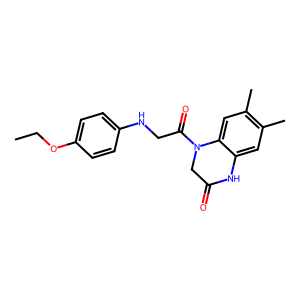
SMILES: CCOc1ccc(NCC(=O)N2CC(=O)Nc3cc(C)c(C)cc32)cc1
Inhibits HIV replication: No